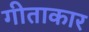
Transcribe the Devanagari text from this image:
गीताकार